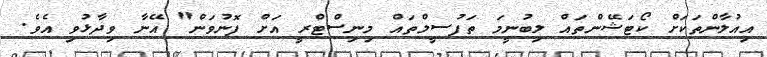
އިއުލާންތަކަށް ކޯޓަޝޭންތައް ލިބުނީމަ ތަފުސީލްތައް މިނިސްޓްރީ އަށް ފޮނުވަން" އޭނާ ވިދާޅުވި އެވެ.